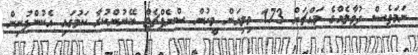
ނަމަވެސް ދުވާލެއްގެ މައްޗަށް 173 މިލިއަން މީހުން ސްނެޕްޗެޓް ބޭނުންކުރާ ކަމުގައި އެކުންފުނިން